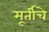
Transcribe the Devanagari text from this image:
मूर्तीचेे